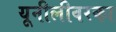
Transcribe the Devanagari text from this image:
यूनीलीवरका